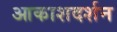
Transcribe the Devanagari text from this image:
आकाशदर्शन